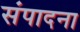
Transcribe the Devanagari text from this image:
संपादना